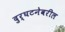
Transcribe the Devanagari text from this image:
दुर्घटनेवरील